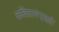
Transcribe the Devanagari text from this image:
कवितासंग्रहही